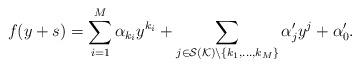
LaTeX: \begin{align*}f(y + s) = \sum_{i=1}^M \alpha_{k_i} y^{k_i} + \sum_{j \in \mathcal{S(K)} \backslash \{ k_1, ..., k_M \} } \alpha'_j y^j + \alpha'_0.\end{align*}